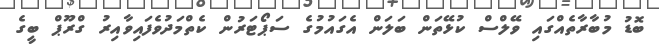
ބޮޑު މުބާރާތެއްގައި ވޭލްސް ކުޅޭތަން ބަލަން އެގައުމުގެ ސަޕޯޓަރުން ކެތްމަދުވެފައިވާއިރު ގްރޫޕް ބީގެ